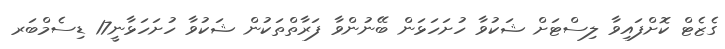
ގެޒެޓް ކޮށްފައިވާ ލިސްޓަށް ޝަކުވާ ހުށަހަޅަން ބޭނުންވާ ފަރާތްތަކުން ޝަކުވާ ހުށަހަޅާނީ17 ޑިސެމްބަރ